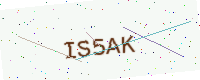
Text: IS5AK